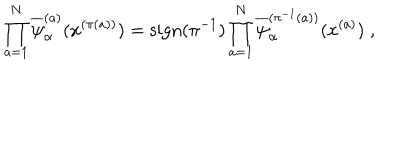
\prod _ { a = 1 } ^ { N } \overline { { { \psi } } } _ { \alpha } ^ { ( a ) } ( x ^ { ( \pi ( a ) ) } ) = \mathrm { s i g n } ( \pi ^ { - 1 } ) \prod _ { a = 1 } ^ { N } \overline { { { \psi } } } _ { \alpha } ^ { ( \pi ^ { - 1 } ( a ) ) } ( x ^ { ( a ) } ) \; ,